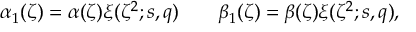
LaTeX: \alpha _ { 1 } ( \zeta ) = \alpha ( \zeta ) \xi ( \zeta ^ { 2 } ; s , q ) \qquad \beta _ { 1 } ( \zeta ) = \beta ( \zeta ) \xi ( \zeta ^ { 2 } ; s , q ) ,